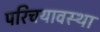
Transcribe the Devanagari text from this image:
परिचयावस्था